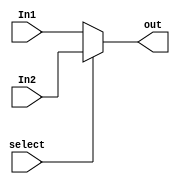
// 2X1 multiplixer

module Mux2to1( select,
				In1,
				In2,			
				out);
				
	parameter bit_size=32;
	
	input [bit_size-1:0] In1;
	input [bit_size-1:0] In2;
	input select;	
	output [bit_size-1:0] out;		
	
	assign out = select?In2:In1;	
				
endmodule